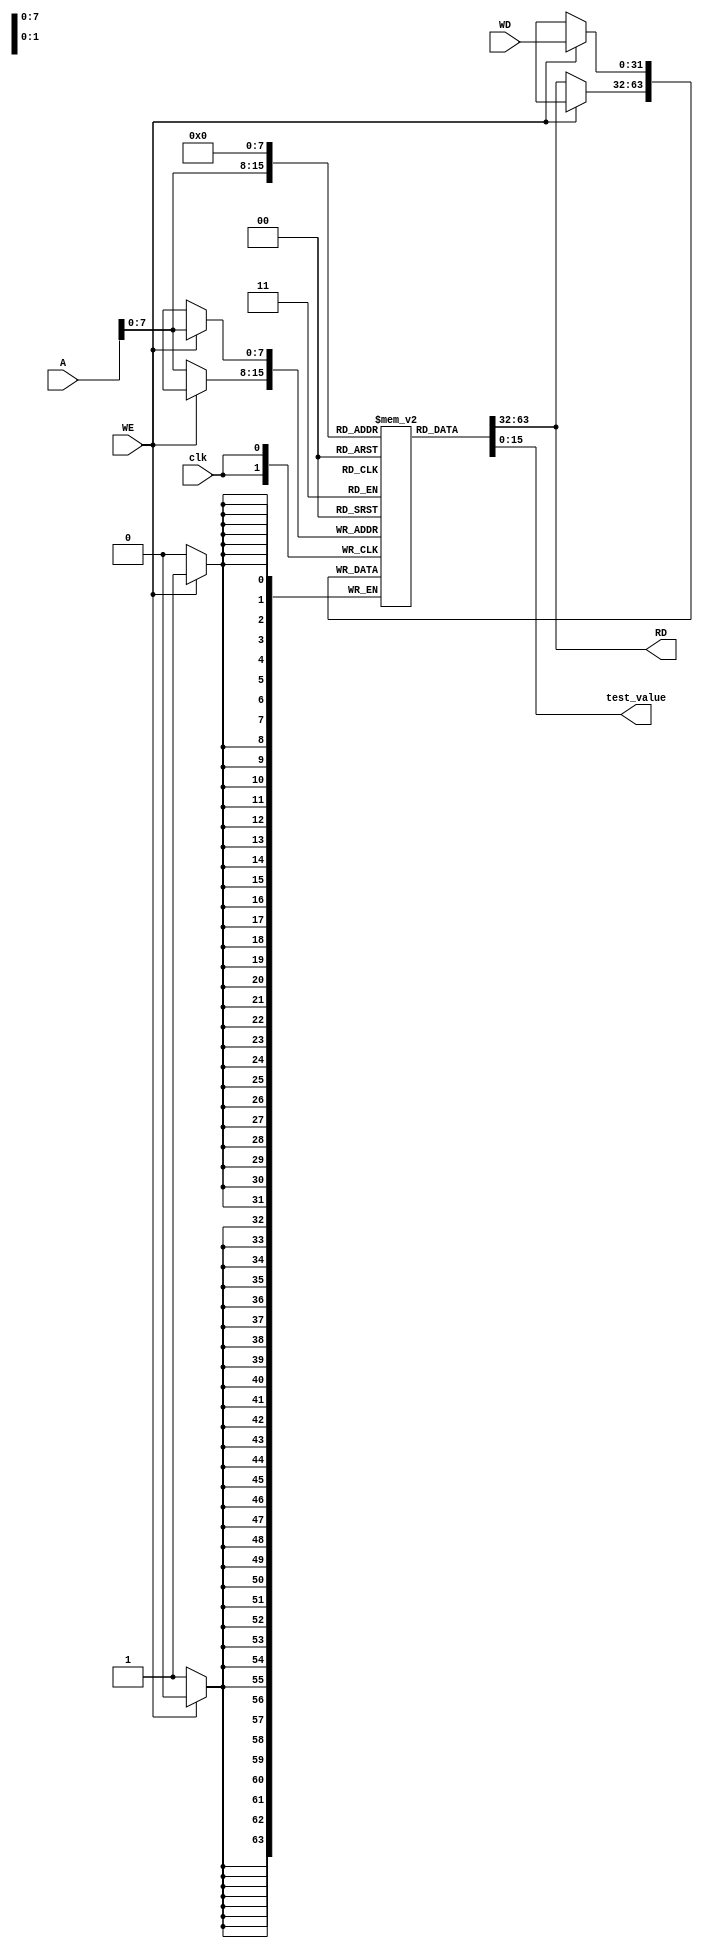
`timescale 1ns / 1ps
//////////////////////////////////////////////////////////////////////////////////
// Company: 
// Engineer: 
// 
// Design Name: 
// Module Name: data_mem
// Project Name: 
// Target Devices: 
// Tool Versions: 
// Description: 
// 
// Dependencies: 
// 
// Revision:
// Revision 0.01 - File Created
// Additional Comments:
// 
//////////////////////////////////////////////////////////////////////////////////


module data_mem #(parameter width = 32 , depth = 256  )(
     input [width-1 : 0] A ,
     input [width-1 : 0] WD  , 
     input clk , WE , 
     output  [width-1 : 0]  RD ,
     output  [15:0] test_value 
    );
         
     reg [0 : width-1 ] RAM [ 0 : depth-1 ] ;
     
     integer i ;
     initial 
      begin 
        for (i = 0 ; i < depth ; i = i+1 ) 
            RAM[i] <= 32'b0 ;
      end  
      
      always@(posedge clk) 
       begin 
         if(WE)
             RAM[A] <= WD ;
         else 
           RAM[A] <= RAM[A] ;    
       end
       
     
       assign RD = RAM[A] ;
       assign test_value = RAM[0] ; 
endmodule